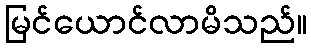
မြင်ယောင်လာမိသည်။